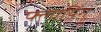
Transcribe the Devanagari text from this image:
फ्लायिंग